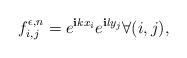
LaTeX: \begin{align*}f^{\epsilon,n}_{i,j} = e^{ {\mathbf i} k x_i} e^{{\mathbf i} l y_j} \forall (i,j) , \end{align*}